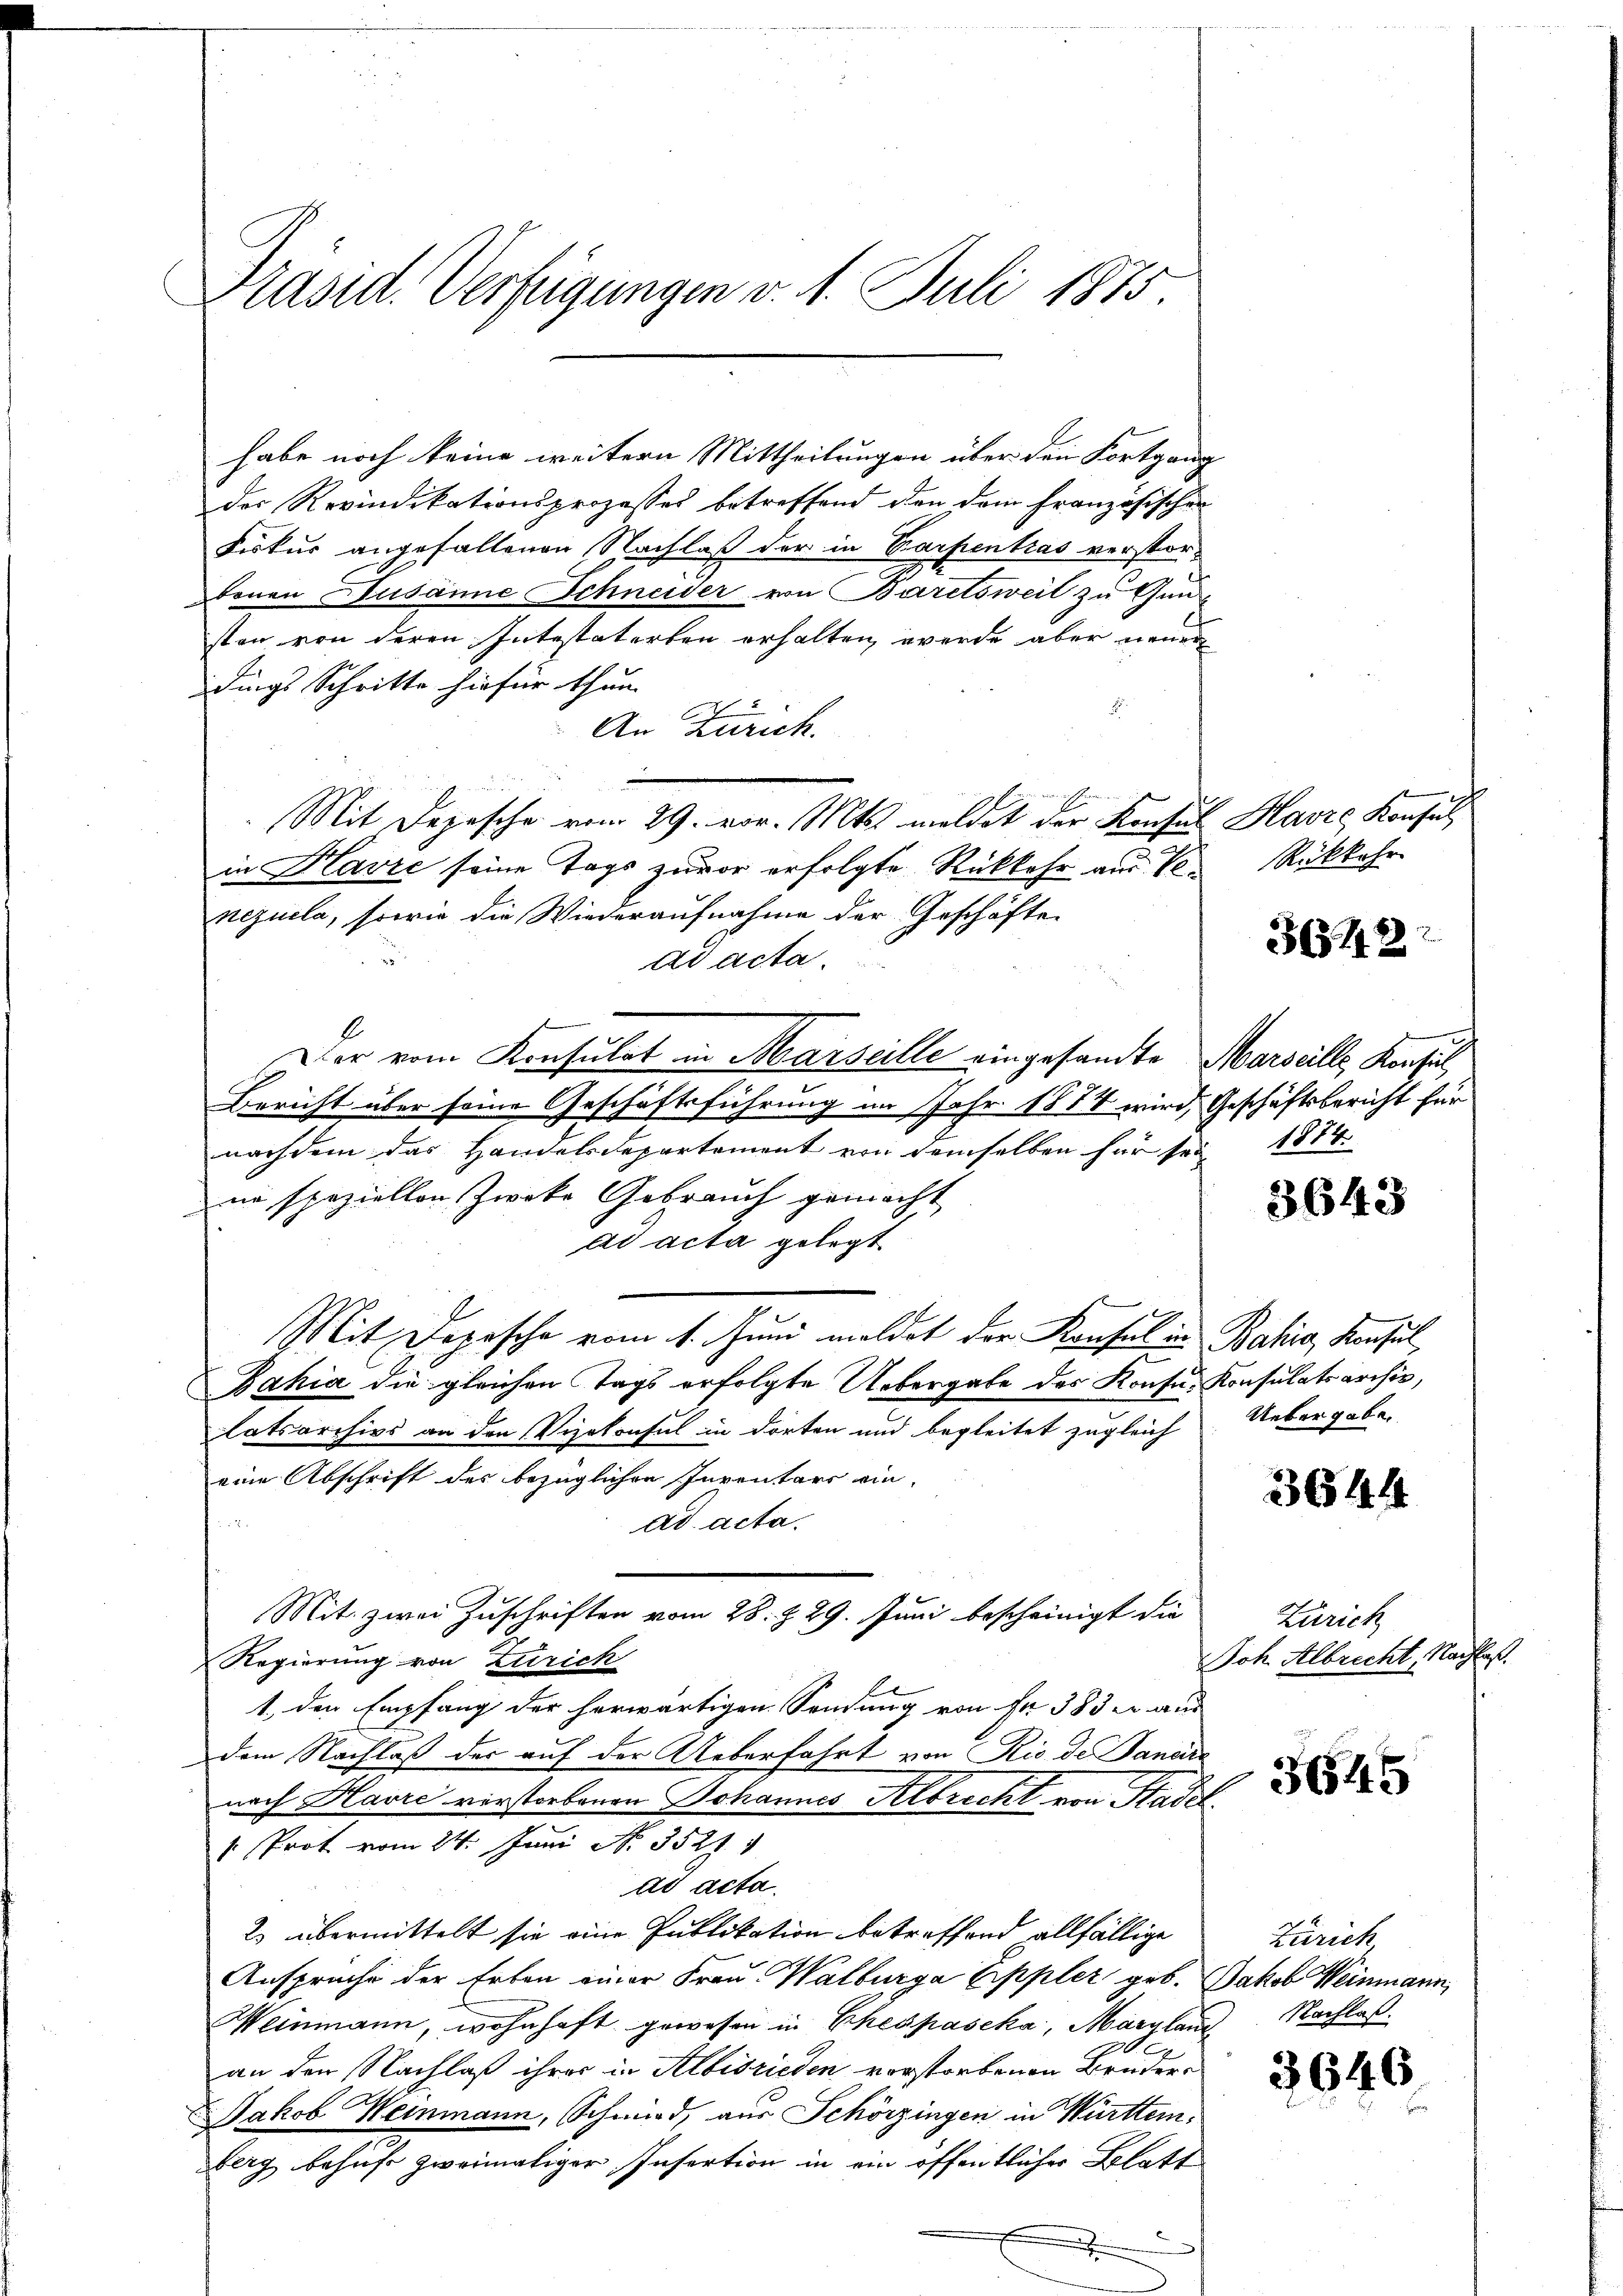
Präsid. Verfügungen v. 1. Juli 1875.

habe noch keine weitern Mittheilungen über den Fortgang
der Revindikationsprozesses betreffend den dem Französischen
Fiskus angefallenen Nachlaß der in Carpentras verstorbenen Susanne Schneider, von Baretsweit zu Gunsten von deren Intestaterben erhalten werde aber neuer
dings Schritte hiefür thun.

An Zürich.
Mit Depesche vom 29. vor. Mts. meldet der Konsul Havre Konsul
in Klavić seine Tags zuvor erfolgte Rückkehr aus Ve
nezuela, sowie die Wiederaufnahme der Geschäfte
ad acta.
Der vom Konsulat in Marseille eingesandte Marseille, Konsul,
Bericht über seine Geschäftsführung im Jahr 1874 wird, Geschäftsbericht für
nachdem das Handelsdepartement von demselben für sei 1884.
nn speziellen Zweke Gebrauch gemacht
ad acta gelegt.
Mit Depesche vom 1. Juni meldet der Konsul in Bahia, Konsul,
Jahia die gleichen Tags erfolgte Uebergabe des Konfus Konsulatsarchiv,
latsarchivs an den Vizekonsul in dorten und begleitet zugleich
eine Abschrift des bezüglichen Inventars ein-

Ad acta.
Mit zwei Zuschriften vom 28. 229. Juni bescheinigt die
Regierung von Zürich
1. den Empfang der herwärtigen Sendung von Fr. 383 u aus
dem Nachlaß der auf der Ueberfahrt von Rio de Janeir
nach Havre verstorbenen Johannes Selbrecht von Stadel¬
 Prot vom 24. Juni No. 3527. 1
ad acta.
2) übermittelt sie eine Publikation betreffend allfällige
Anspruche der Erben einer Frau Walburga Eppler geb. Jakob Weinmann,
Weinmann, wohnhaft gewesen in Ehespaseka, Margland Nachlaß
x
an den Nachlaß ihrer in Albisrieden vorstorbenen Bruder¬
Jakob Weinmann, Schmid, aus Schörzingen in Württemberg behufe zweimaliger Insertion in ein öffentlicher Blatt

Rückkehr

348

3643

Uebergabe.

3644

Zürich
Joh Albrecht, Nachlaß.

3645

Zürich

3646